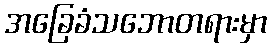
အခြေခံသဘောတရားမှာ